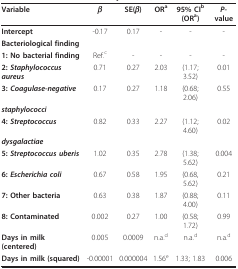
<table><thead><tr><td><b>Variable</b></td><td><b><i>β</i></b></td><td><b>SE(<i>β</i>)</b></td><td><b>OR<sup>a</sup></b></td><td><b>95% CI<sup>b</sup>(OR<sup>a</sup>)</b></td><td><b><i>P</i>-value</b></td></tr></thead><tbody><tr><td><b>Intercept</b></td><td>-0.17</td><td>0.17</td><td>-</td><td>-</td><td>-</td></tr><tr><td><b>Bacteriological finding</b></td><td></td><td></td><td></td><td></td><td></td></tr><tr><td><b>1: No bacterial finding</b></td><td>Ref.<sup>c</sup></td><td>-</td><td>-</td><td>-</td><td>-</td></tr><tr><td><b>2: <i>Staphylococcus aureus</i></b></td><td>0.71</td><td>0.27</td><td>2.03</td><td>(1.17; 3.52)</td><td>0.01</td></tr><tr><td><b>3: <i>Coagulase-negative</i></b></td><td>0.17</td><td>0.27</td><td>1.18</td><td>(0.68; 2.06)</td><td>0.55</td></tr><tr><td><b><i>staphylococci</i></b></td><td></td><td></td><td></td><td></td><td></td></tr><tr><td><b>4: <i>Streptococcus</i></b></td><td>0.82</td><td>0.33</td><td>2.27</td><td>(1.12; 4.60)</td><td>0.02</td></tr><tr><td><b><i>dysgalactiae</i></b></td><td></td><td></td><td></td><td></td><td></td></tr><tr><td><b>5: <i>Streptococcus uberis</i></b></td><td>1.02</td><td>0.35</td><td>2.78</td><td>(1.38; 5.62)</td><td>0.004</td></tr><tr><td><b>6: <i>Escherichia coli</i></b></td><td>0.67</td><td>0.58</td><td>1.95</td><td>(0.68, 5.62)</td><td>0.21</td></tr><tr><td><b>7: Other bacteria</b></td><td>0.63</td><td>0.38</td><td>1.87</td><td>(0.88; 4.00)</td><td>0.11</td></tr><tr><td><b>8: Contaminated</b></td><td>0.002</td><td>0.27</td><td>1.00</td><td>(0.58; 1.72)</td><td>0.99</td></tr><tr><td><b>Days in milk (centered)</b></td><td>0.005</td><td>0.0009</td><td>n.a.<sup>d</sup></td><td>n.a.<sup>d</sup></td><td>n.a.<sup>d</sup></td></tr><tr><td><b>Days in milk (squared)</b></td><td>-0.00001</td><td>0.000004</td><td>1.56<sup>e</sup></td><td>1.33; 1.83</td><td>0.006</td></tr></tbody></table>